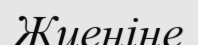
Жиеніне